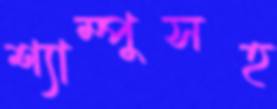
শ্যাম্পুসহ